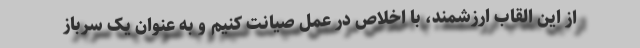
از این القاب ارزشمند، با اخلاص در عمل صیانت کنیم و به عنوان یک سرباز